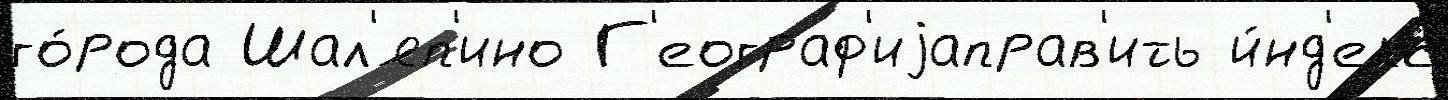
го́рода Шал'яп'ино Г'еограф'иjаправ'ить и́нд'екс